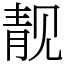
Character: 靓